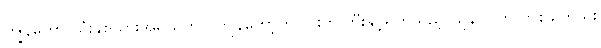
ကျွန်တော် သုံးနှစ်သားအရွယ်တွင် ကျွန်တော့်တင်ပါးကို ဘီးနှင့်ရိုက်သည့် သူနာပြုကို တစ်ခါတည်း